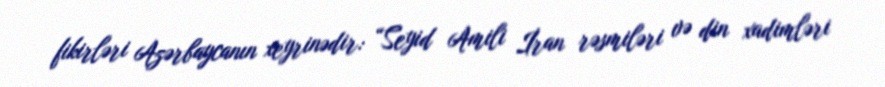
fikirləri Azərbaycanın xeyrinədir: “Seyid Amili İran rəsmiləri və din xadimləri